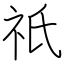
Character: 祇